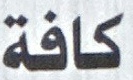
كافة